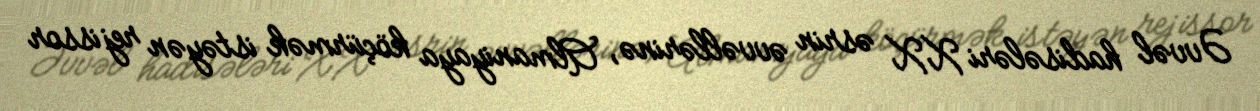
Əvvəl hadisələri XX əsrin əvvəllərinə, Almaniyaya köçürmək istəyən rejissor